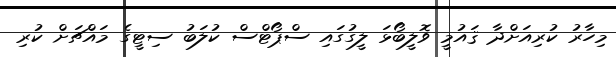
މިހާރު ކުރިއަށްދާ ޤައުމީ ވޮލީބޯޅަ ލީގުގައި ސްޕޯޓްސް ކުލަބު ސިޓީގެ މައްޗަށް ކުރި